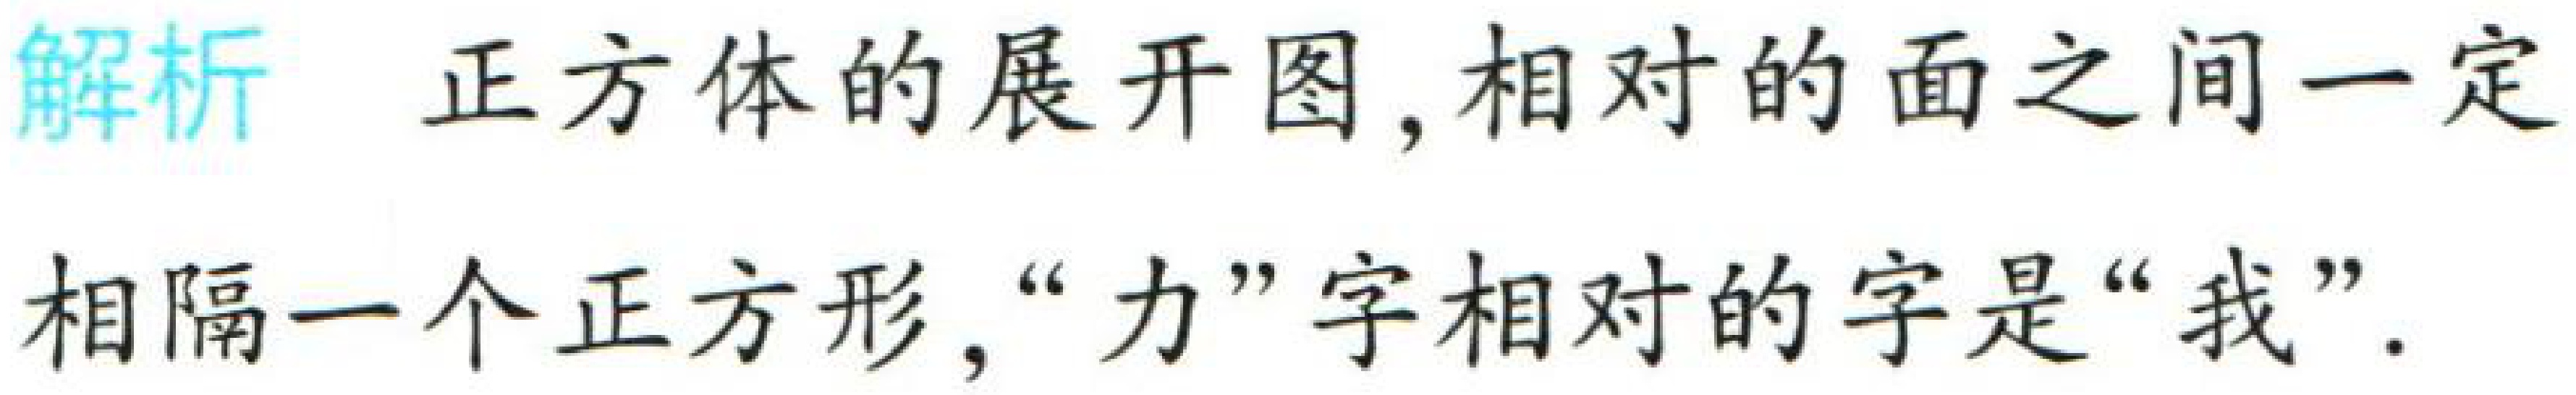
解析 正方体的展开图, 相对的面之间一定

相隔一个正方形, “力”字相对的字是“我”.